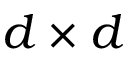
d \times d